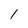
Character: 1